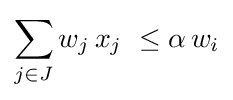
\sum _{j\in J}w_{j}\,x_{j}\ \leq \alpha \,w_{i}